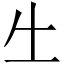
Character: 𠂒